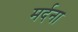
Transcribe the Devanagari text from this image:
मर्दना